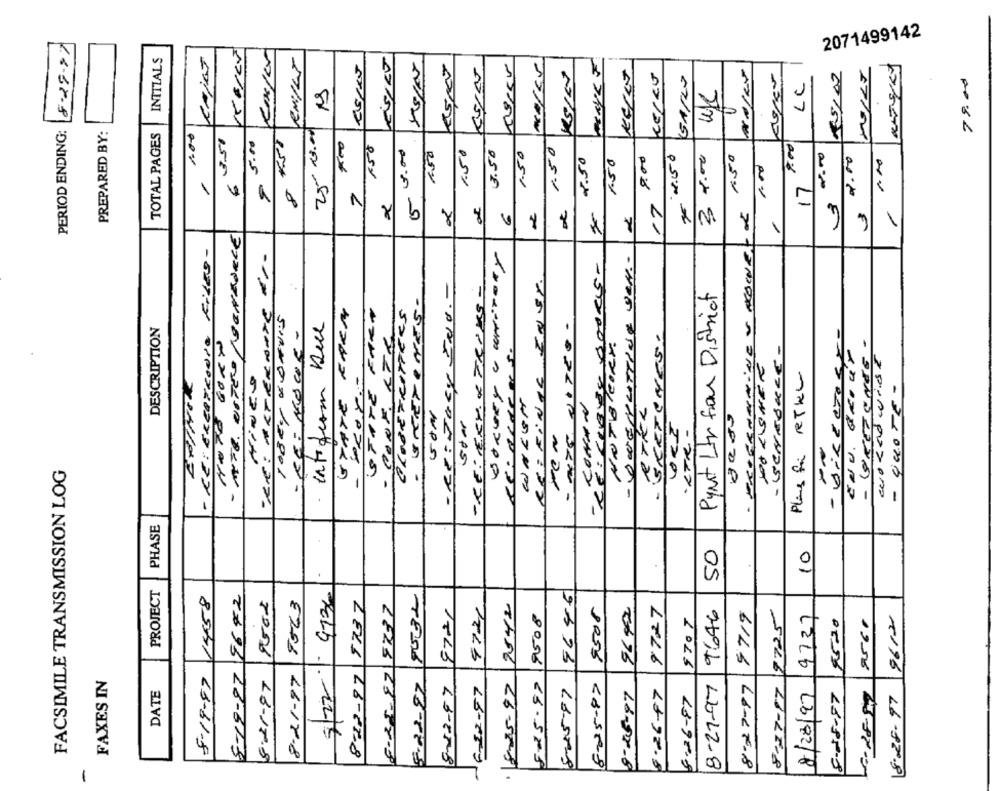
2071499142
8-29.97
INITIALS
25/02
1
4
78.00
LC
V
2
PERIOD ENDING:
PREPARED BY:
TOTAL PAGES
3.51
5.00
158
10.00
150
1.50
3.50
1.50
1.50
6
4.50
1.50
800
72.50
3 7.00
1.50
2.00
17 "
2
7
PROGRAMNiNEU HOWET &
3
2
2
6
/
1
Y
- RE: EXCRERONIO FILEO-
-RE: ARTEROUTE ET-
- DUGNUTTIVE SEN .-
000Ks-
REFEINTE ENSr.
- RE:JURY 500. -
-RE: ERY X FRING -
- BRETONES-
Pynt Ltr from District
GZATE KARM
STATE FARM
CLOSEFRITTERS
TOBEY KONUIS
intifrom Rece
DESCRIPTION
- CONF KTA
- DIRECTORTO
GRETENES.
- 1SENEGALE -
ENU. GROUT
DO LISTER
wokedwist
Plas for RTKL
- QUOTE -
NNTIBI
WALEN
8000
·LTR -
--
FACSIMILE TRANSMISSION LOG
-
PHASE
50
10
PROJECT
5 22 | 4736
5646
1458
8-19-97 9682
9502
9563
822-97 5737
8-25-87 9737
8-02-47 9721
4721
2542
9505
9692
9727
9508
9707
9646
9719
9725
9737
2560
9612
8520
FAXES IN
5-19-87
8-21-97
8-21-97
15-22-27
8-25.97
£25.97
8-27-87
8-27-17
-6-22-57
8-45-77
8-25-87
6.26-47
8-27-17
8/28/97
DATE
8-45-87
8-26-87
8-08-87
18.28.97
-